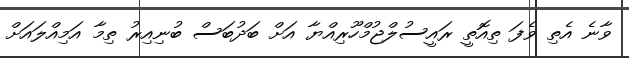
ވާނެ އެތި ވެފަ ތިއޮތީ ރައީސުލްޖުމްހޫރިއްޔާ އަށް ބަދުބަސް ބުނިއިރު ތިމާ އަމިއްލައަށް